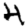
Digit: 4